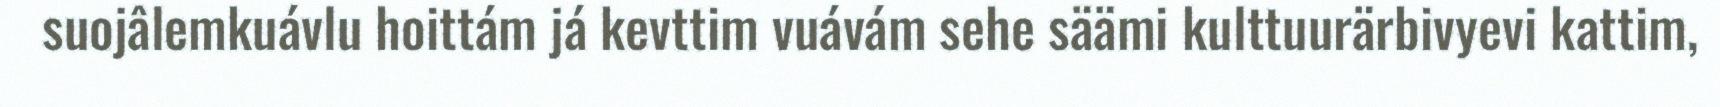
suojâlemkuávlu hoittám já kevttim vuávám sehe säämi kulttuurärbivyevi kattim,